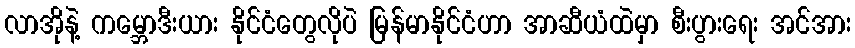
လာအိုနဲ့ ကမ္ဘောဒီးယား နိုင်ငံတွေလိုပဲ မြန်မာနိုင်ငံဟာ အာဆီယံထဲမှာ စီးပွားရေး အင်အား